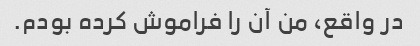
در واقع، من آن را فراموش کرده بودم.